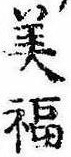
美福